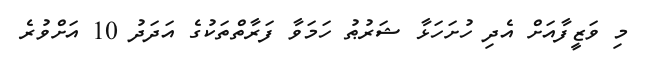
މި ވަޒީފާއަށް އެދި ހުށަހަޅާ ޝަރުޠު ހަމަވާ ފަރާތްތަކުގެ އަދަދު 10 އަށްވުރެ